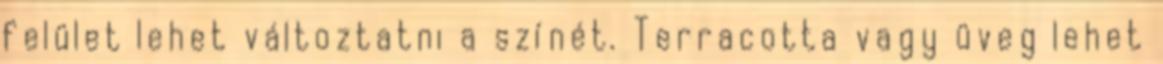
felület lehet változtatni a színét. Terracotta vagy üveg lehet